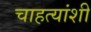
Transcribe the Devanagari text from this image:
चाहत्यांशी